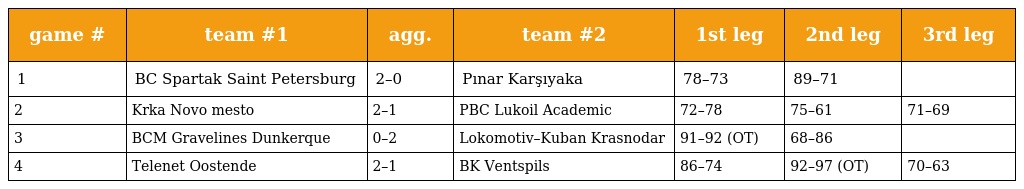
| game # | team #1 | agg. | team #2 | 1st leg | 2nd leg | 3rd leg |
 | --- | --- | --- | --- | --- | --- | --- |
 | 1 | BC Spartak Saint Petersburg | 2–0 | Pınar Karşıyaka | 78–73 | 89–71 |  |
 | 2 | Krka Novo mesto | 2–1 | PBC Lukoil Academic | 72–78 | 75–61 | 71–69 |
 | 3 | BCM Gravelines Dunkerque | 0–2 | Lokomotiv–Kuban Krasnodar | 91–92 (OT) | 68–86 |  |
 | 4 | Telenet Oostende | 2–1 | BK Ventspils | 86–74 | 92–97 (OT) | 70–63 |